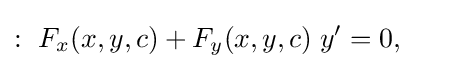
:\ F_{x}(x,y,c)+F_{y}(x,y,c)\;y'=0,\qquad